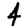
Digit: 4